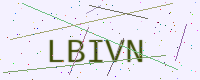
Text: LBIVN